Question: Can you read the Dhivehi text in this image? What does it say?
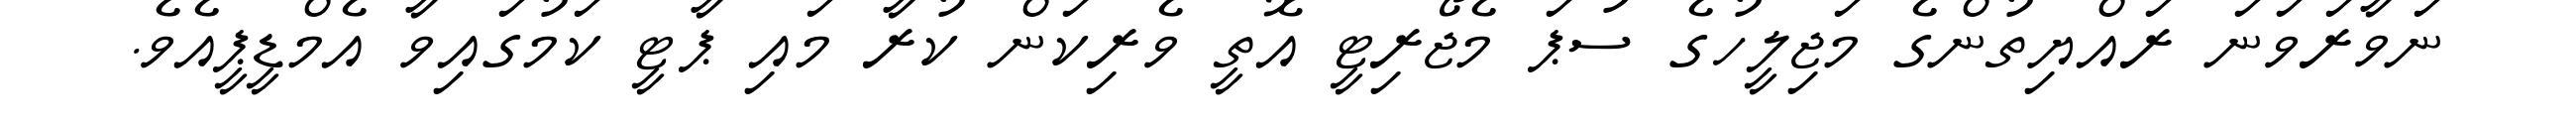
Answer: ނަވާރަވަނަ ރައްޔިތުންގެ މަޖިލީހުގެ ސުޕަ މެޖޯރިޓީ އޮތީ ވެރިކަން ކުރާ މައި ޕާޓީ ކަމުގައިވާ އެމްޑީޕީއެވެ.